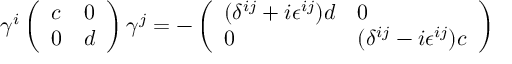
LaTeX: \gamma ^ { i } \left( \begin{array} { l l } { { c } } & { { 0 } } \\ { { 0 } } & { { d } } \end{array} \right) \gamma ^ { j } = - \left( \begin{array} { l l } { { ( \delta ^ { i j } + i \epsilon ^ { i j } ) d } } & { { 0 } } \\ { { 0 } } & { { ( \delta ^ { i j } - i \epsilon ^ { i j } ) c } } \end{array} \right)